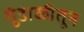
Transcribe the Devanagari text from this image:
गुंडाळीतून